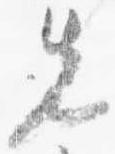
先